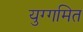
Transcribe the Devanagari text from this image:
युग्गमित